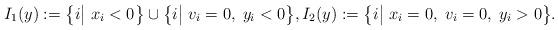
LaTeX: \begin{align*}I_1(y):=\big\{i\big|\;x_i<0\big\}\cup\big\{i\big|\;v_i=0,\;y_i<0\big\},I_2(y):=\big\{i\big|\;x_i=0,\;v_i=0,\;y_i>0\big\}.\end{align*}